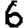
Digit: 6